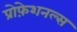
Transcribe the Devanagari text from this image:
प्रोफ़ेशनल्स